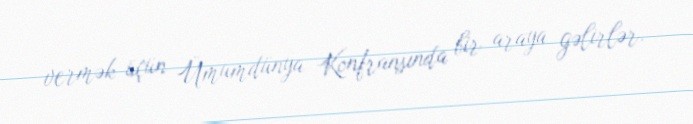
vermək üçün Ümumdünya Konfransında bir araya gəlirlər.